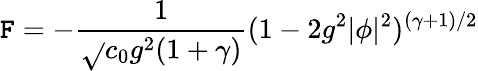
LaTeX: {\cal\mathtt{F}}=-{\frac{{1}}{{\sqrt{}{{c_{0}}}g^{2}(1+\gamma)}}}(1-2g^{2}|\phi|^{2})^{(\gamma+1)/2}